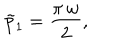
\tilde { p } _ { 1 } = { \frac { \pi \, w } { 2 } } ,